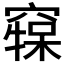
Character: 𥧷